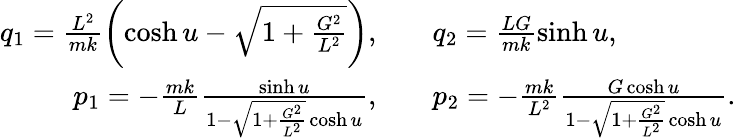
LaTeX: \begin{array}{rl}{q_{1}=\frac{L^{2}}{mk}\left(\cosh u-\sqrt{1+\frac{G^{2}}{L^{2}}}\right),\quad}&{q_{2}=\frac{LG}{mk}\sinh u,}\\ {p_{1}=-\frac{mk}{L}\frac{\sinh u}{1-\sqrt{1+\frac{G^{2}}{L^{2}}}\cosh u},\quad}&{p_{2}=-\frac{mk}{L^{2}}\frac{G\cosh u}{1-\sqrt{1+\frac{G^{2}}{L^{2}}}\cosh u}.}\end{array}